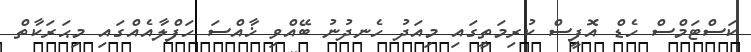
ކަސްޓަމްސް ހެޑް އޮފީސް ކުރިމަތީގައި މިއަދު ހެނދުނު ބޭއްވި ޚާއްސަ ހަފްލާއެއްގައި މިޙަރަކާތް